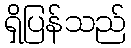
ရှိပြန်သည်